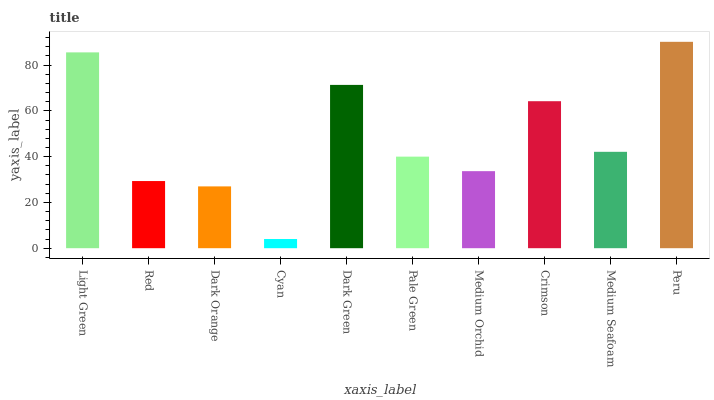
| xaxis_label | bars |
 | --- | --- |
 | Light Green | 85.6 |
 | Red | 29.3 |
 | Dark Orange | 27 |
 | Cyan | 4.02 |
 | Dark Green | 71.4 |
 | Pale Green | 40 |
 | Medium Orchid | 33.7 |
 | Crimson | 64.2 |
 | Medium Seafoam | 42.1 |
 | Peru | 90.2 |